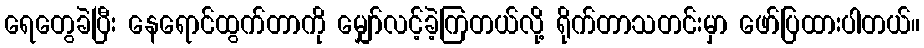
ရေတွေခဲပြီး နေရောင်ထွက်တာကို မျှော်လင့်ခဲ့ကြတယ်လို့ ရိုက်တာသတင်းမှာ ဖော်ပြထားပါတယ်။